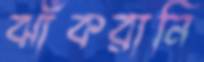
ঝাঁকরানি